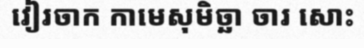
វៀរចាក កាមេសុមិច្ឆា ចារ សោះ